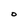
Character: O